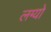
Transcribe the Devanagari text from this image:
लग्यो